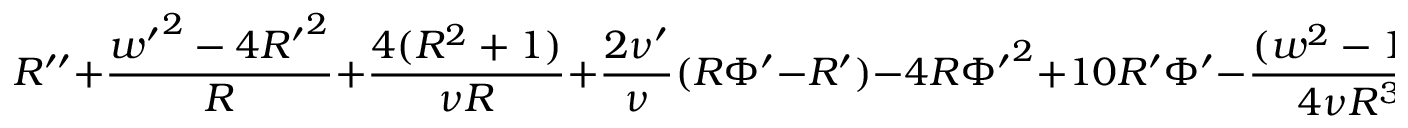
R ^ { \prime \prime } + \frac { { w ^ { \prime } } ^ { 2 } - 4 { R ^ { \prime } } ^ { 2 } } { R } + \frac { 4 ( R ^ { 2 } + 1 ) } { \nu R } + \frac { 2 \nu ^ { \prime } } { \nu } ( R \Phi ^ { \prime } - R ^ { \prime } ) - 4 R { \Phi ^ { \prime } } ^ { 2 } + 1 0 R ^ { \prime } \Phi ^ { \prime } - \frac { ( w ^ { 2 } - 1 ) ^ { 2 } } { 4 \nu R ^ { 3 } } = 0 \, ,